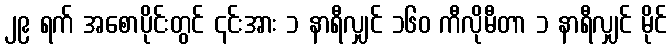
၂၉ ရက် အစောပိုင်းတွင် ၎င်းအား ၁ နာရီလျှင် ၁၆၀ ကီလိုမီတာ ၁ နာရီလျှင် မိုင်